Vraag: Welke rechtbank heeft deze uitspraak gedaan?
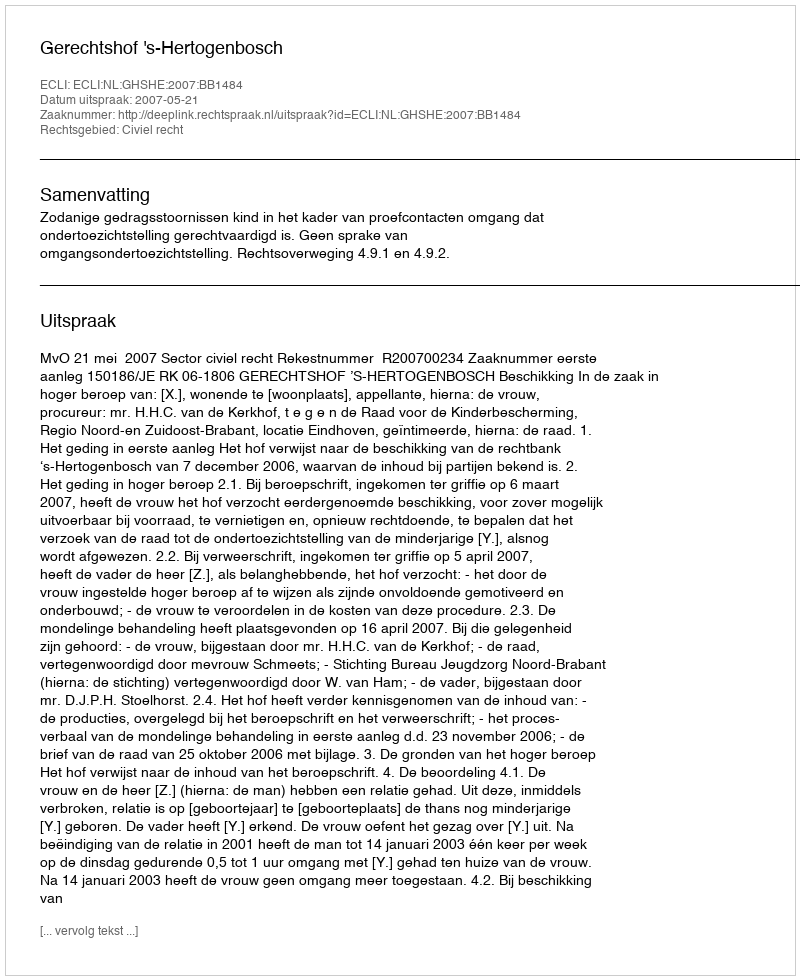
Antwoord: Gerechtshof 's-Hertogenbosch